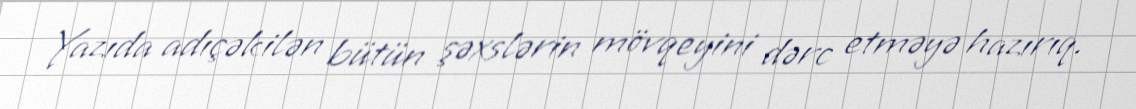
Yazıda adıçəkilən bütün şəxslərin mövqeyini dərc etməyə hazırıq.